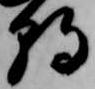
朝